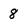
Character: 8